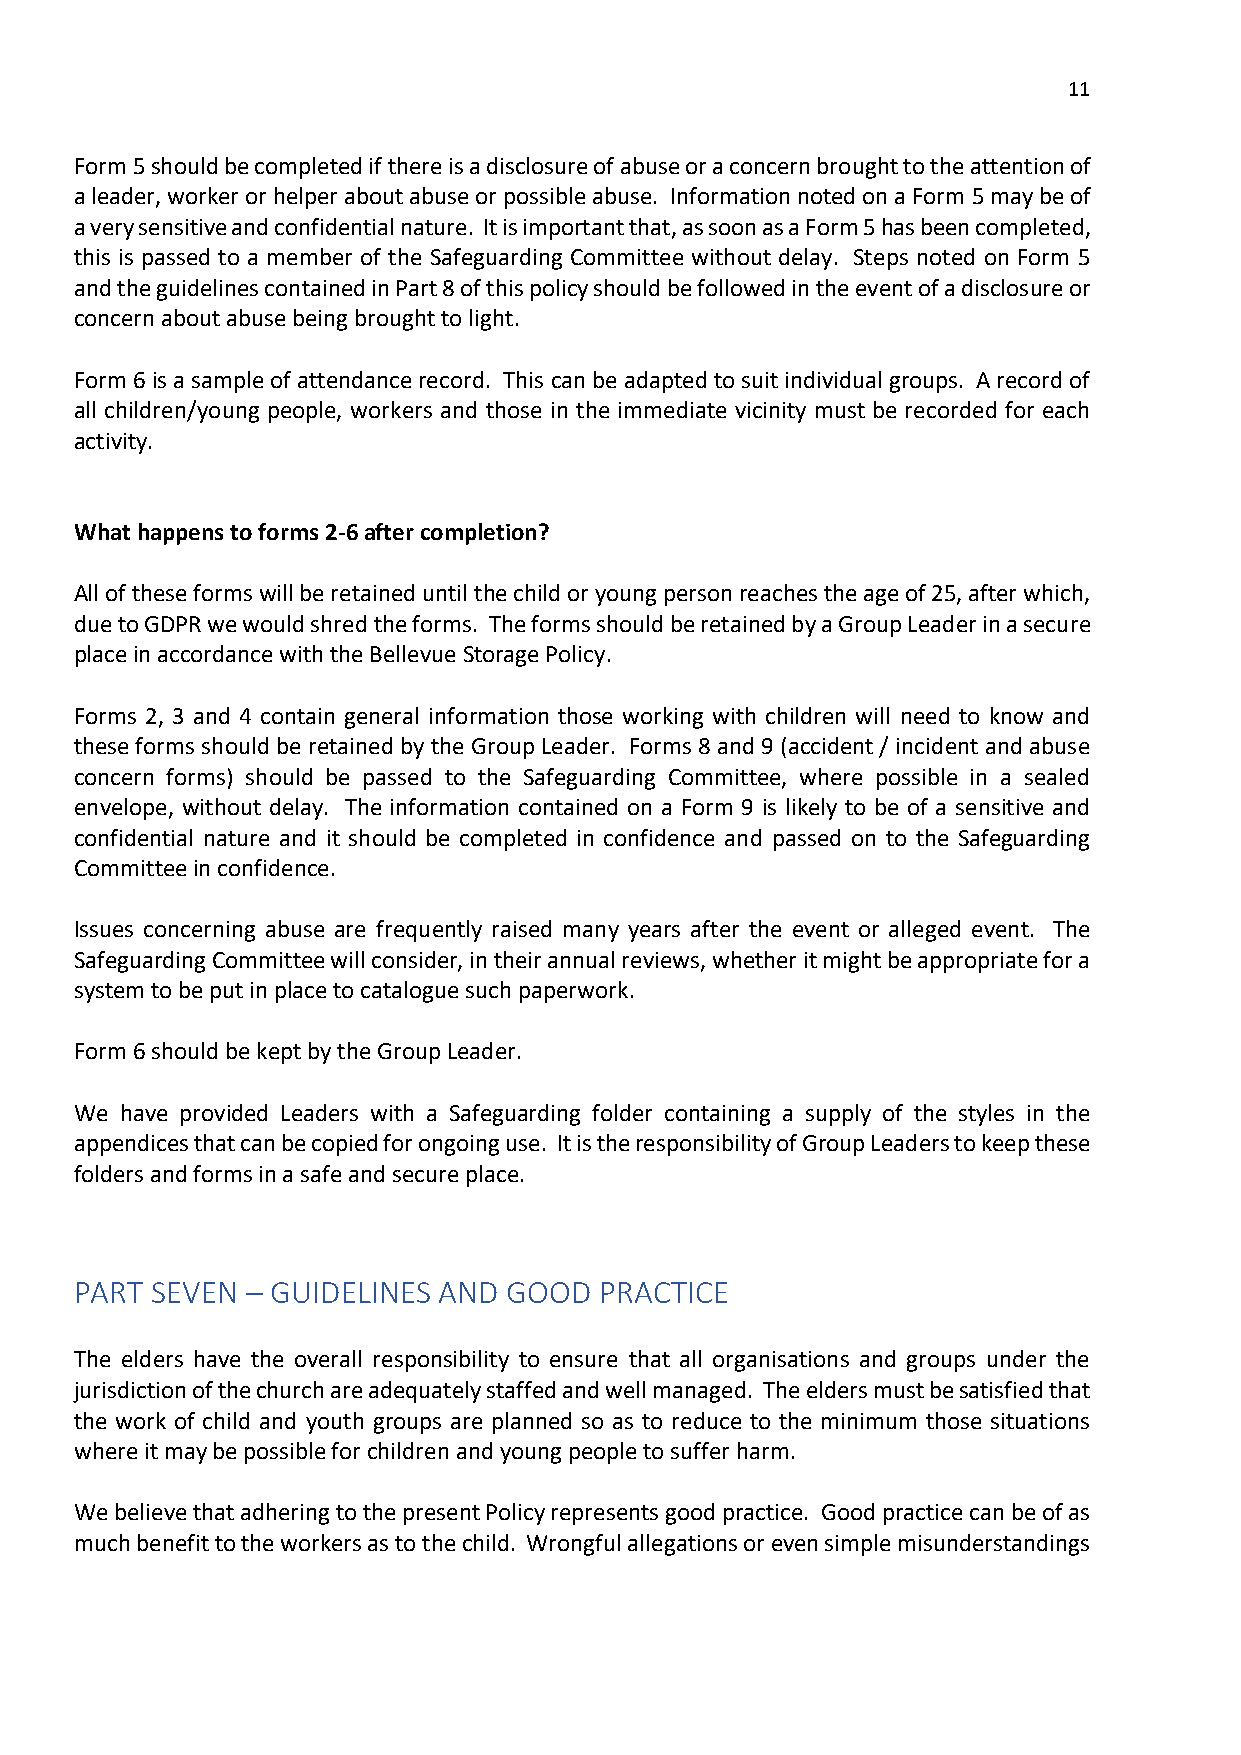
11
 Form 5 should be completed if there is a disclosure of abuse or a concern brought to the attention of
 a leader, worker or helper about abuse or possible abuse. Information noted on a Form 5 may be of
 a very sensitive and confidential nature. It is important that, as soon as a Form 5 has been completed,
 this is passed to a member of the Safeguarding Committee without delay. Steps noted on Form 5
 and the guidelines contained in Part 8 of this policy should be followed in the event of a disclosure or
 concern about abuse being brought to light.
 Form 6 is a sample of attendance record. This can be adapted to suit individual groups. A record of
 all children/young people, workers and those in the immediate vicinity must be recorded for each
 activity.
 What happens to forms 2-6 after completion?
 All of these forms will be retained until the child or young person reaches the age of 25, after which,
 due to GDPR we would shred the forms. The forms should be retained by a Group Leader in a secure
 place in accordance with the Bellevue Storage Policy.
 Forms 2, 3 and 4 contain general information those working with children will need to know and
 these forms should be retained by the Group Leader. Forms 8 and 9 (accident / incident and abuse
 concern forms) should be passed to the Safeguarding Committee, where possible in a sealed
 envelope, without delay. The information contained on a Form 9 is likely to be of a sensitive and
 confidential nature and it should be completed in confidence and passed on to the Safeguarding
 Committee in confidence.
 Issues concerning abuse are frequently raised many years after the event or alleged event. The
 Safeguarding Committee will consider, in their annual reviews, whether it might be appropriate for a
 system to be put in place to catalogue such paperwork.
 Form 6 should be kept by the Group Leader.
 We have provided Leaders with a Safeguarding folder containing a supply of the styles in the
 appendices that can be copied for ongoing use. It is the responsibility of Group Leaders to keep these
 folders and forms in a safe and secure place.
 PART SEVEN – GUIDELINES AND  GOOD  PRACTICE
 The elders have the overall responsibility to ensure that all organisations and groups under the
 jurisdiction of the church are adequately staffed and well managed. The elders must be satisfied that
 the work of child and youth groups are planned so as to reduce to the minimum those situations
 where it may be possible for children and young people to suffer harm.
 We believe that adhering to the present Policy represents good practice. Good practice can be of as
 much benefit to the workers as to the child. Wrongful allegations or even simple misunderstandings